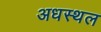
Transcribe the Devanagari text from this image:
अधस्थल